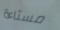
مستاءة